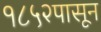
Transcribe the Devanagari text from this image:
१८५२पासून